Eesti_Rahvusfond, lk 8
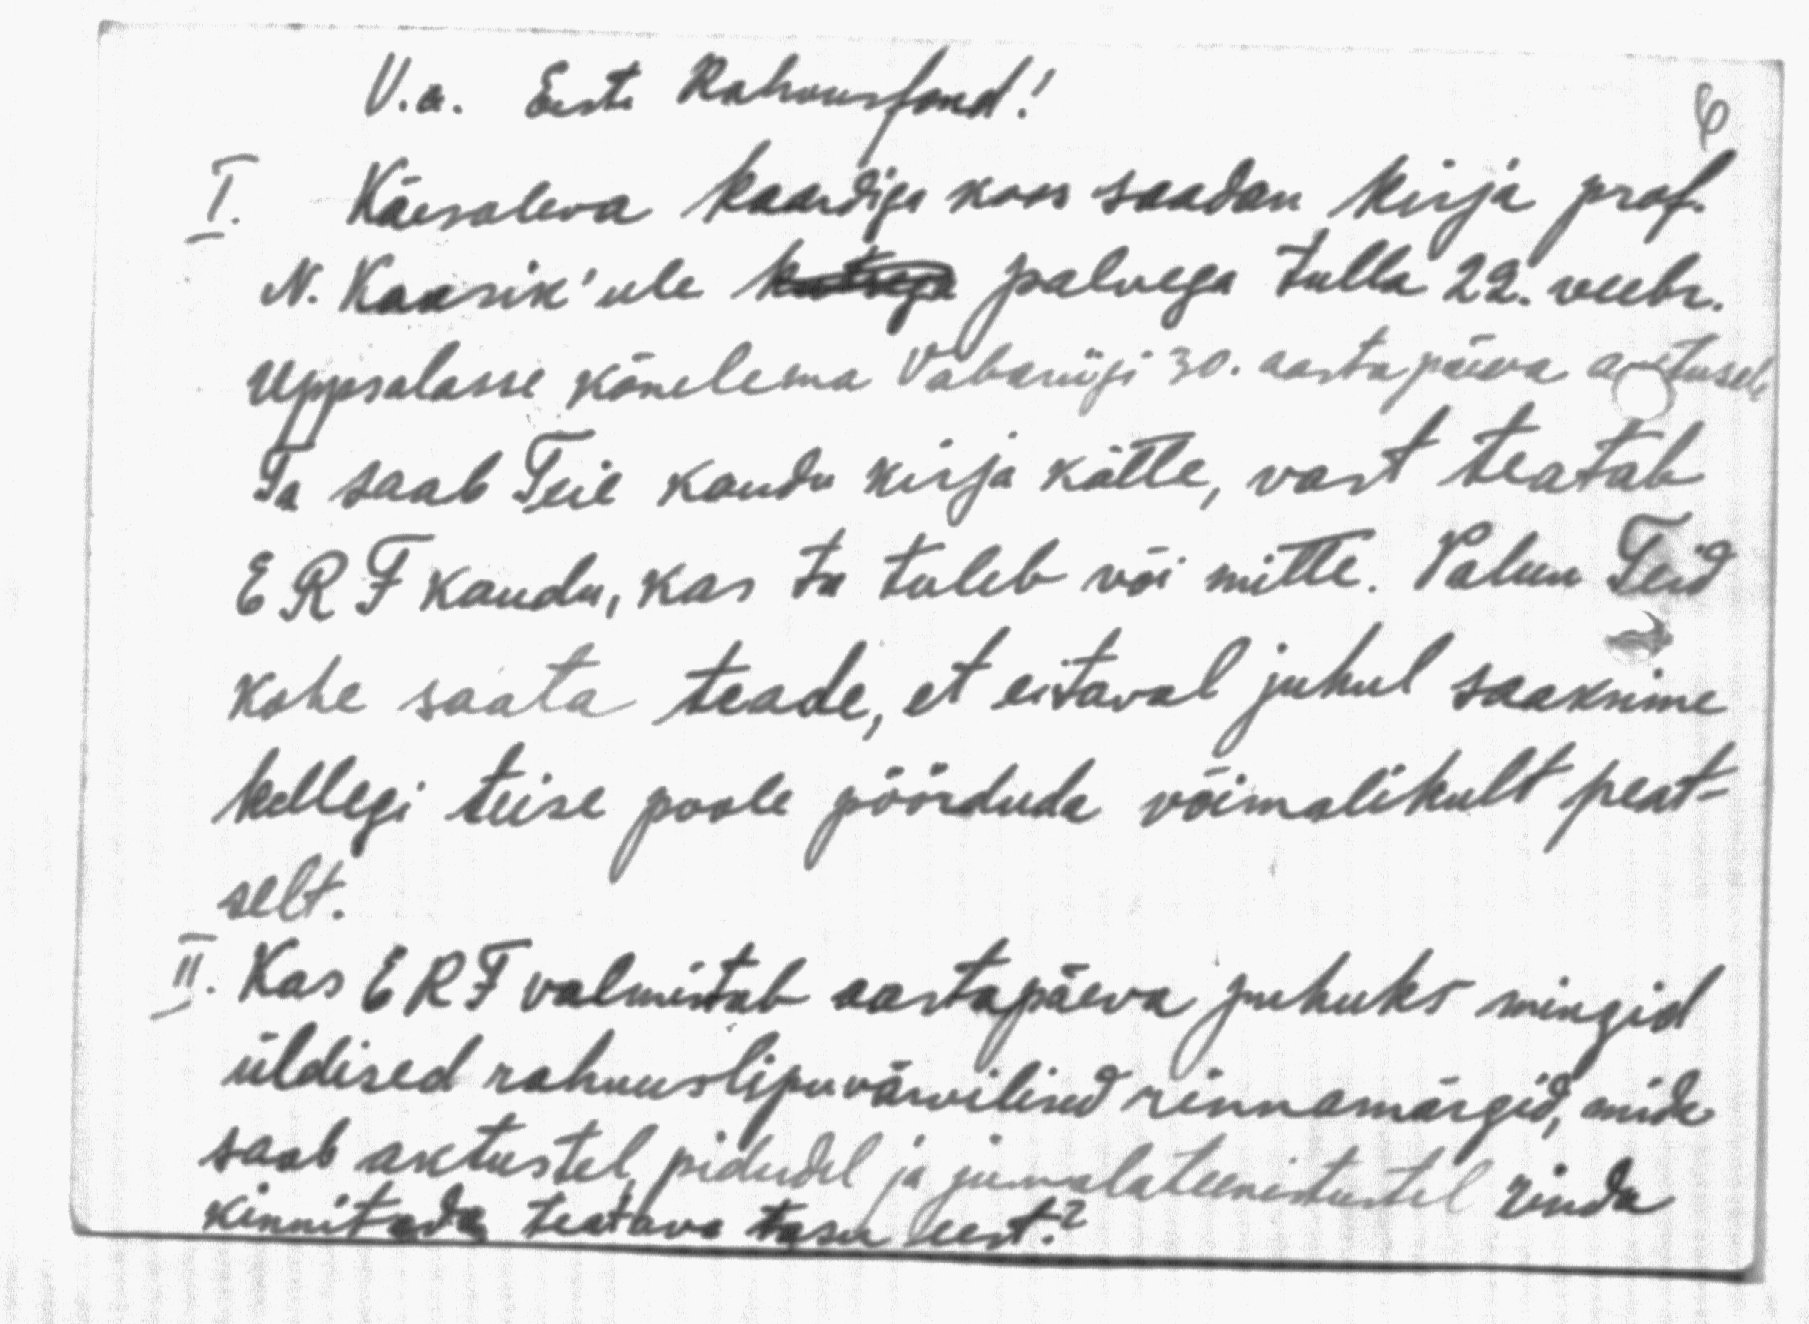
V.a. Eesti Rahvusfond!
I. Käesoleva kaardiga koos saadan kirja prof.
N. Kaasik'ule kutsega palvega tulla 22. veebr.
Uppsalasse kõnelema Vabariigi 30. aastapäeva aktusel,
Ta saab Teie kaudu kirja kätte, vast teatab
ERF kaudu, kas ta tuleb või mitte. Palun Teid
kohe saata teade, et eitaval juhul saaksime
kellegi teise poole pöörduda võimalikult peat-
selt.
II Kas ERF valmistab aastapäeva puhuks mingid
üldised rahvuslipuvärvilised rinnamärgid, mida
saab aktustel, pidudel ja jumalateenitustel rinda
kinnitada teatava tasu teest?